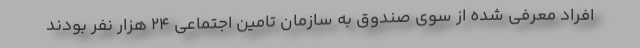
افراد معرفی شده از سوی صندوق به سازمان تامین اجتماعی ۲۴ هزار نفر بودند